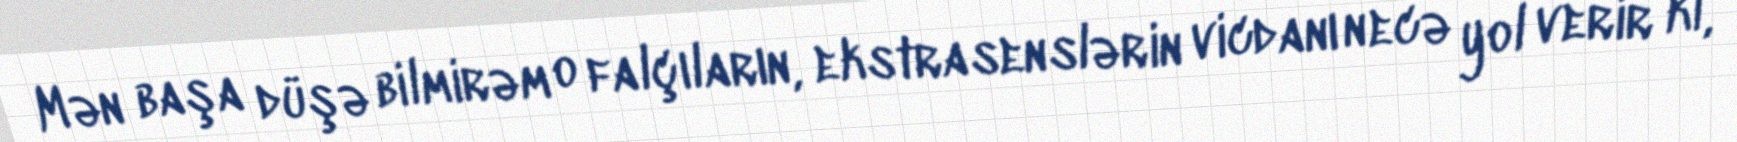
Mən başa düşə bilmirəm o falçıların, ekstrasenslərin vicdanı necə yol verir ki,